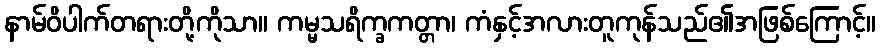
နာမ်ဝိပါက်တရားတို့ကိုသာ။ ကမ္မသရိက္ခကတ္တာ၊ ကံနှင့်အလားတူကုန်သည်၏အဖြစ်ကြောင့်။